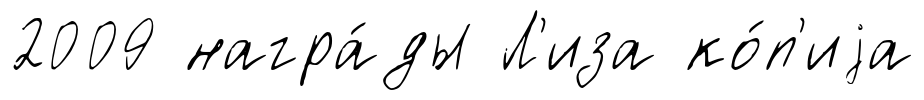
2009 награ́ды Л'иза ко́п'иjа